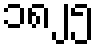
၁၈၂၅